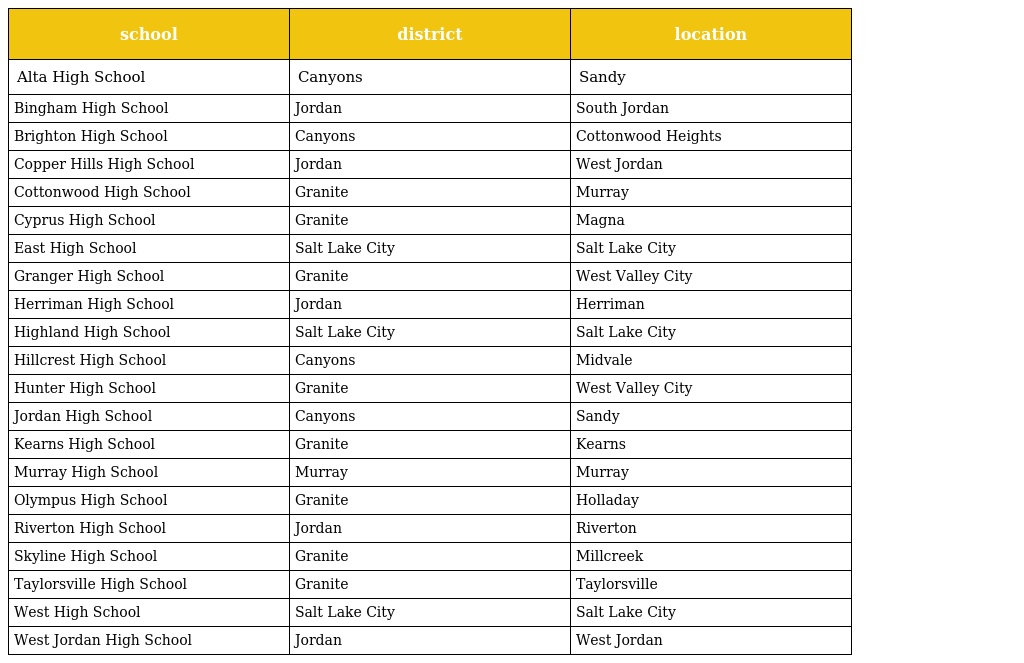
| school | district | location |
 | --- | --- | --- |
 | Alta High School | Canyons | Sandy |
 | Bingham High School | Jordan | South Jordan |
 | Brighton High School | Canyons | Cottonwood Heights |
 | Copper Hills High School | Jordan | West Jordan |
 | Cottonwood High School | Granite | Murray |
 | Cyprus High School | Granite | Magna |
 | East High School | Salt Lake City | Salt Lake City |
 | Granger High School | Granite | West Valley City |
 | Herriman High School | Jordan | Herriman |
 | Highland High School | Salt Lake City | Salt Lake City |
 | Hillcrest High School | Canyons | Midvale |
 | Hunter High School | Granite | West Valley City |
 | Jordan High School | Canyons | Sandy |
 | Kearns High School | Granite | Kearns |
 | Murray High School | Murray | Murray |
 | Olympus High School | Granite | Holladay |
 | Riverton High School | Jordan | Riverton |
 | Skyline High School | Granite | Millcreek |
 | Taylorsville High School | Granite | Taylorsville |
 | West High School | Salt Lake City | Salt Lake City |
 | West Jordan High School | Jordan | West Jordan |